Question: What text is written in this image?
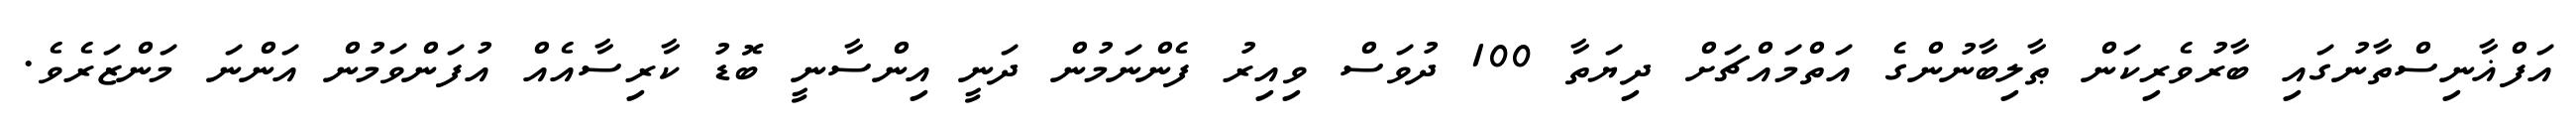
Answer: އަފްޣާނިސްތާނުގައި ބާރުވެރިކަން ޠާލިބާނުންގެ އަތްމައްޗަށް ދިޔަތާ 100 ދުވަސް ވިއިރު ފެންނަމުން ދަނީ އިންސާނީ ބޮޑު ކާރިސާއެއް އުފަންވަމުން އަންނަ މަންޒަރެވެ.